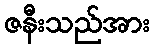
ဇနီးသည်အား